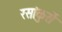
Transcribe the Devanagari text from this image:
रसांकुरों